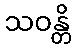
သဝန္တိ